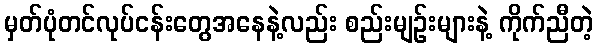
မှတ်ပုံတင်လုပ်ငန်းတွေအနေနဲ့လည်း စည်းမျဉ်းများနဲ့ ကိုက်ညီတဲ့